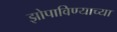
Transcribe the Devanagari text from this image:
झोपाविण्याच्या